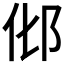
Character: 𰻥